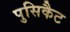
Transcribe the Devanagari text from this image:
पुसिकैट